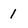
Character: 1